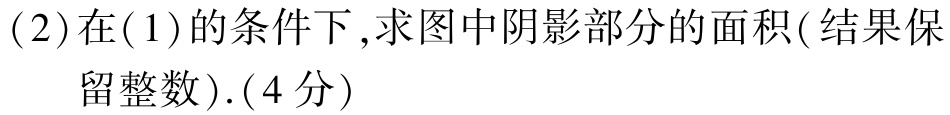
(2)在(1)的条件下,求图中阴影部分的面积(结果保留整数).(4分)